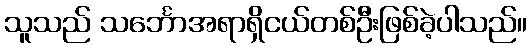
သူသည် သင်္ဘောအရာရှိငယ်တစ်ဦးဖြစ်ခဲ့ပါသည်။